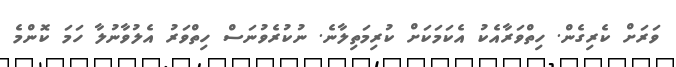
ވަރަށް ކެރިގެން. ހިތްވަރާއެކު އެކަމަކަށް ކުރިމަތިލާނެ. ނުކުރެވުނަސް ހިތްވަރު އެލުވާނުލާ ހަމަ ކޮންމެ